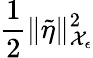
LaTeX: \frac 12\| \tilde{\eta}\| _{\mathcal{X}_{\epsilon}}^{2}